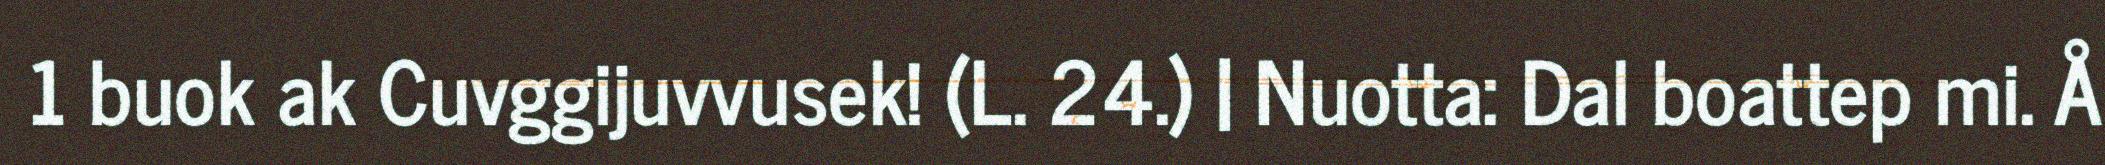
1 buok ak Cuvggijuvvusek! (L. 24.) | Nuotta: Dal boattep mi. Å